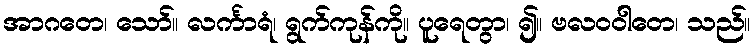
အာဂတေ၊ သော်။ လင်္ကာရံ၊ ရွက်ကုန်ကို။ ပူရေတွာ၊ ၍။ ဗလဝဝါတေ၊ သည်။